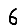
Digit: 6